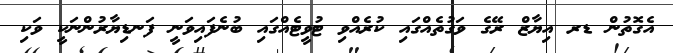
އެގޮތުން ޑރ އިޔާޒް ރޭގެ ވަގުތެއްގައި ކުރެއްވި ޓުވީޓެއްގައި ބުނެފައިވަނީ ފަނޑިޔާރުންނަކީ ވަކި